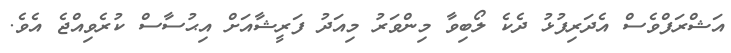
އަޝްރަފްވެސް އެދަރިފުޅު ދެކެ ލޯބިވާ މިންވަރު މިއަދު ފަރީޝާއަށް އިޙުސާސް ކުރެވިއްޖެ އެވެ.